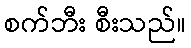
စက်ဘီး စီးသည်။